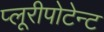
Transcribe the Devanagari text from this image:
प्लूरीपोटेन्ट